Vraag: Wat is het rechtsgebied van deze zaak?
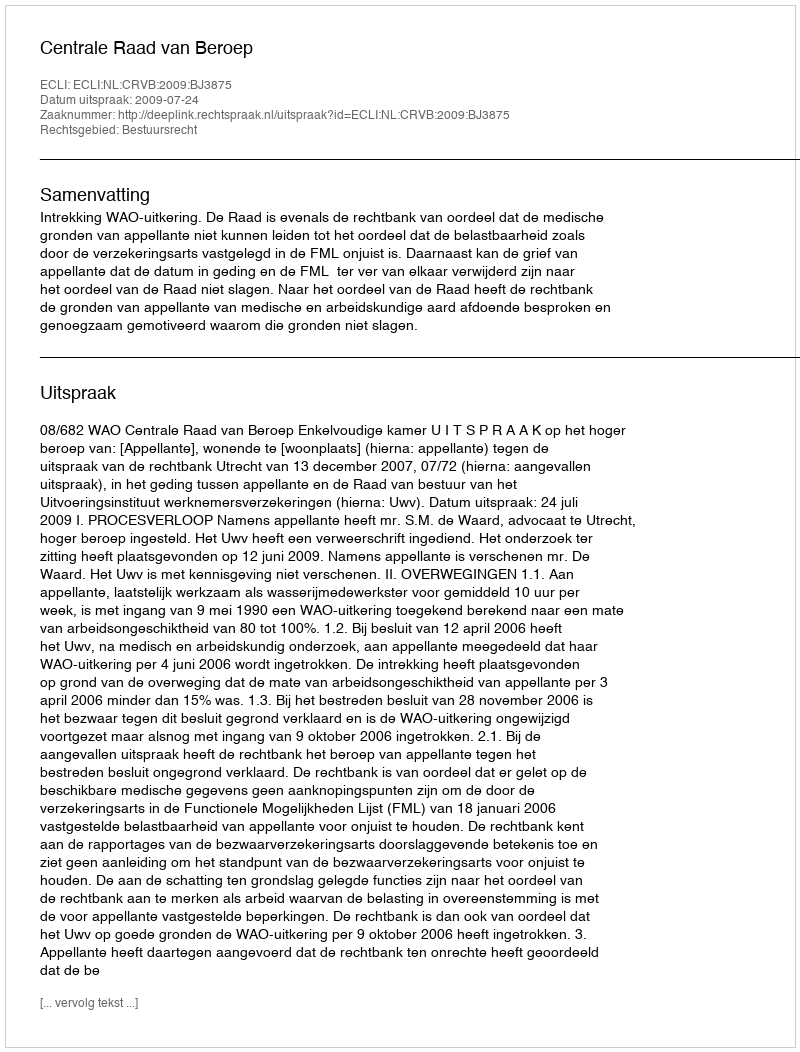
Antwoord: Bestuursrecht